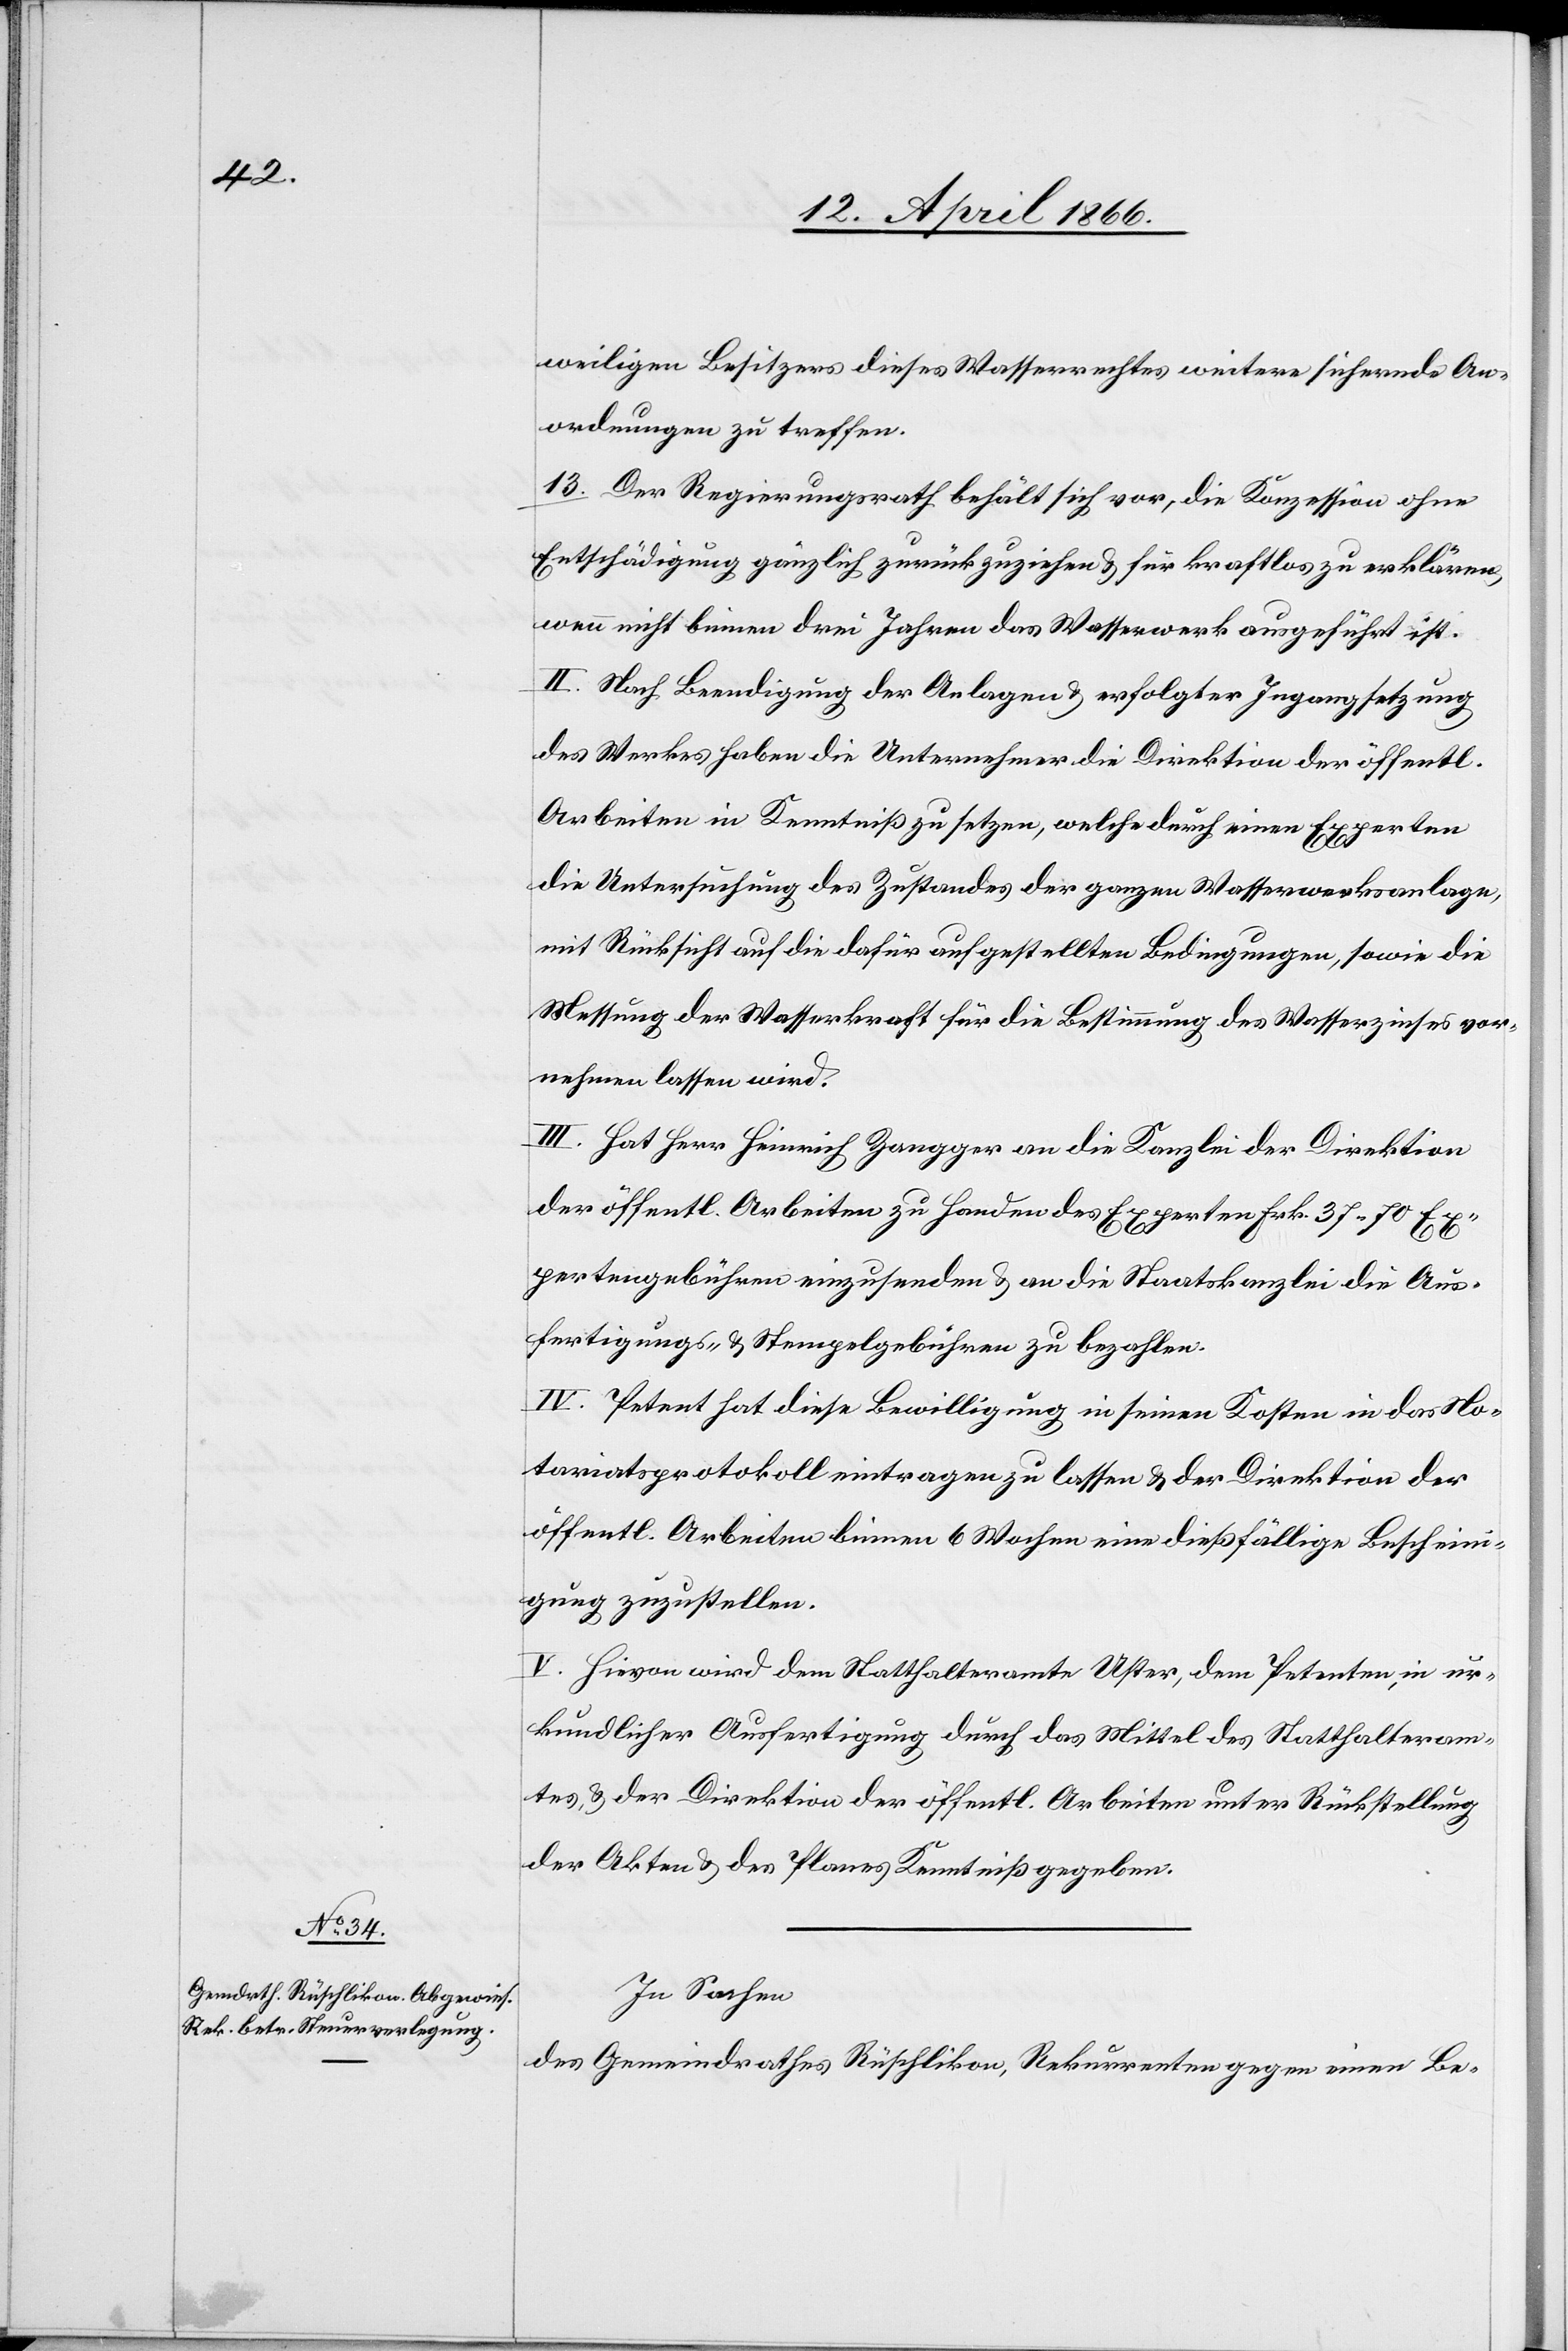
weiligen Besitzers dieses Wasserrechtes weitere sichernde An¬
ordnungen zu treffen.
13. Der Regierungsrath behält sich vor, die Konzession ohne
Entschädigung gänzlich zurückzuziehen u. für kraftlos zu erklären,
wenn nicht binnen drei Jahren das Wasserwerk ausgeführt ist.
II. Nach Beendigung der Anlagen u. erfolgter Ingangsetzung
des Werkes haben die Unternehmer die Direktion der öffentl.
Arbeiten in Kenntniß zu setzen, welche durch einen Experten
die Untersuchung des Zustandes der ganzen Wasserwerksanlage
mit Rücksicht auf die dafür aufgestellten Bedingungen, sowie die
Messung der Wasserkraft für die Bestimmung des Wasserzinses vor¬
nehmen lassen wird.
III. Hat Herr Heinrich Zangger an die Kanzlei der Direktion
der öffentlichen Arbeiten zu Handen des Experten Frk. 37.70 Ex¬
pertengebühren einzusenden u. an die Staatskanzlei die Aus¬
fertigungs- u. Stempelgebühren zu bezahlen.
IV. Petent hat diese Bewilligung in seinen Kosten in das No¬
tariatsprotokoll eintragen zu lassen u. der Direktion der
öffentl. Arbeiten binnen 6 Wochen eine dießfällige Beschein¬
igung zuzustellen.
V. Hievon wird dem Statthalteramte Uster, dem Petenten, in ur¬
kundlicher Ausfertigung durch das Mittel des Statthalteram¬
tes u. der Direktion der öffentl. Arbeiten unter Rückstellung
der Akten u. des Planes Kenntniß gegeben.
In Sachen
des Gemeindrathes Rüschlikon, Rekurrenten gegen einen Be-